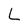
Character: L